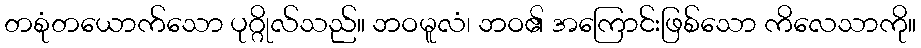
တစုံတယောက်သော ပုဂ္ဂိုလ်သည်။ ဘဝမူလံ၊ ဘဝ၏ အကြောင်းဖြစ်သော ကိလေသာကို။